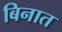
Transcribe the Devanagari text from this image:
बिनात